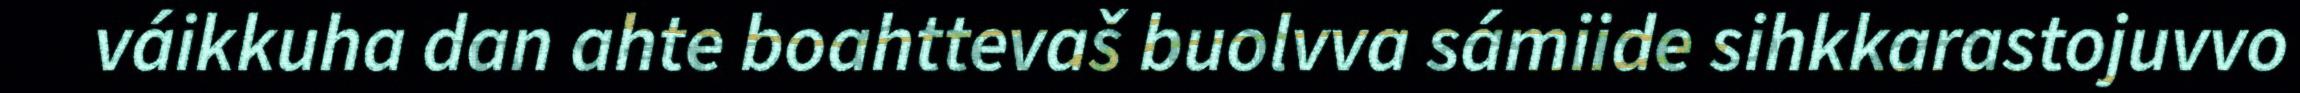
váikkuha dan ahte boahttevaš buolvva sámiide sihkkarastojuvvo